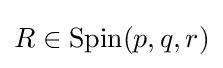
R\in {\text{Spin}}(p,q,r)